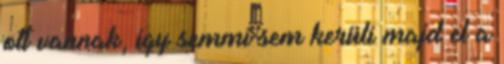
ott vannak, így semmi sem kerüli majd el a